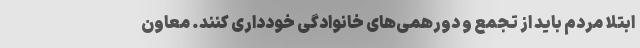
ابتلا مردم باید از تجمع و دورهمی‌های خانوادگی خودداری کنند. معاون